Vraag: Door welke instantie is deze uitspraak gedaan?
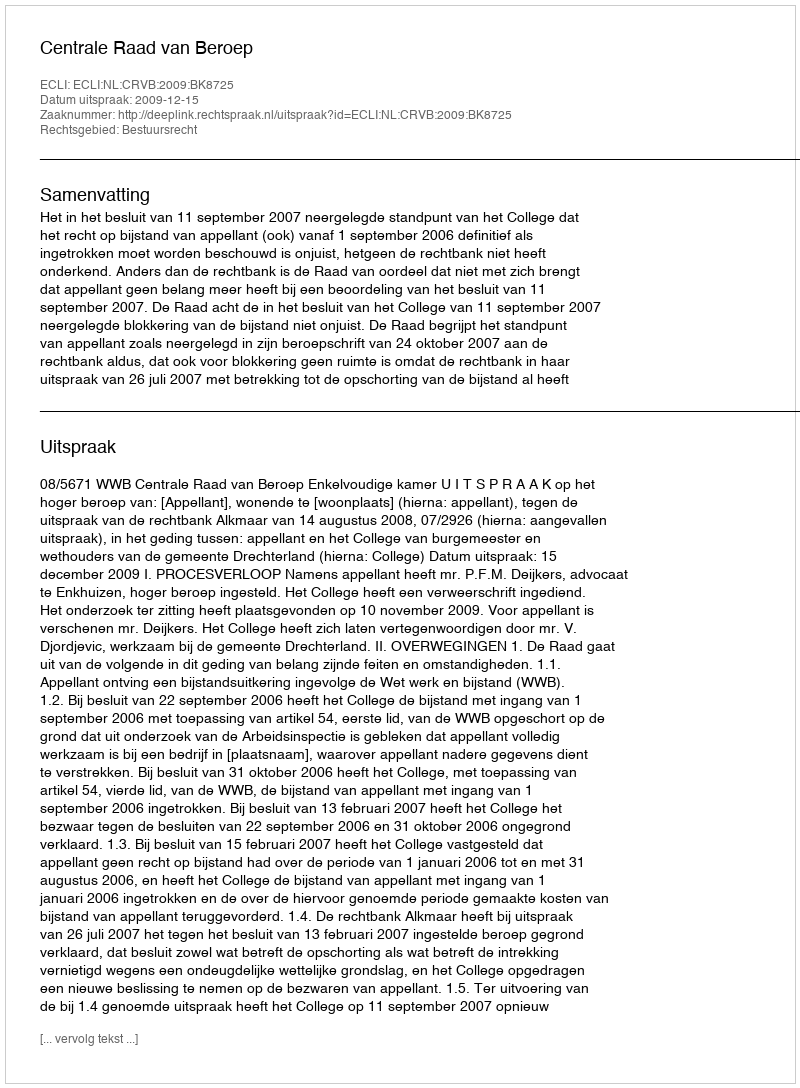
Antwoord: Centrale Raad van Beroep